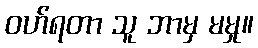
ဝဟ်ရတာ သူ ဘာမှ မမှု။